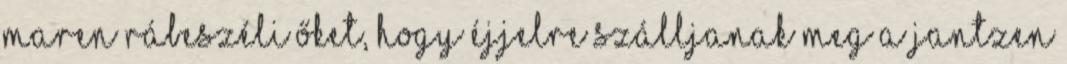
Maren rábeszéli őket, hogy éjjelre szálljanak meg a Jantzen